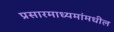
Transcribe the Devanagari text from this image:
प्रसारमाध्‍यमांमधील